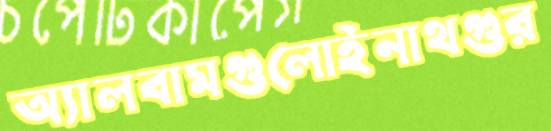
অ্যালবামগুলোইনাথগুর